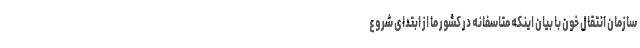
سازمان انتقال خون با بیان اینکه متاسفانه در کشور ما از ابتدای شروع